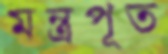
মন্ত্রপূত